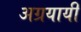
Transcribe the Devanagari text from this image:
अग्रयायी